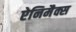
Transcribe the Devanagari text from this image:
ऐनिमैक्स